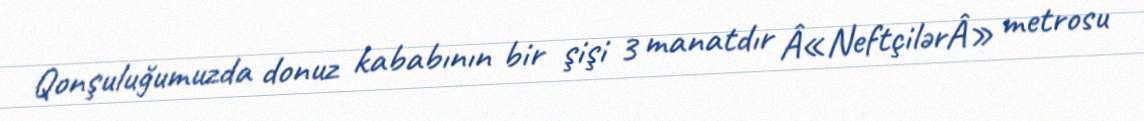
Qonşuluğumuzda donuz kababının bir şişi 3 manatdır Â«NeftçilərÂ» metrosu